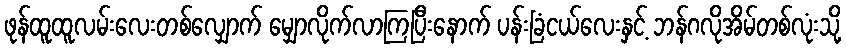
ဖုန်ထူထူလမ်းလေးတစ်လျှောက် မျှောလိုက်လာကြပြီးနောက် ပန်းခြံငယ်လေးနှင့် ဘန်ဂလိုအိမ်တစ်လုံးသို့